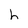
Character: h